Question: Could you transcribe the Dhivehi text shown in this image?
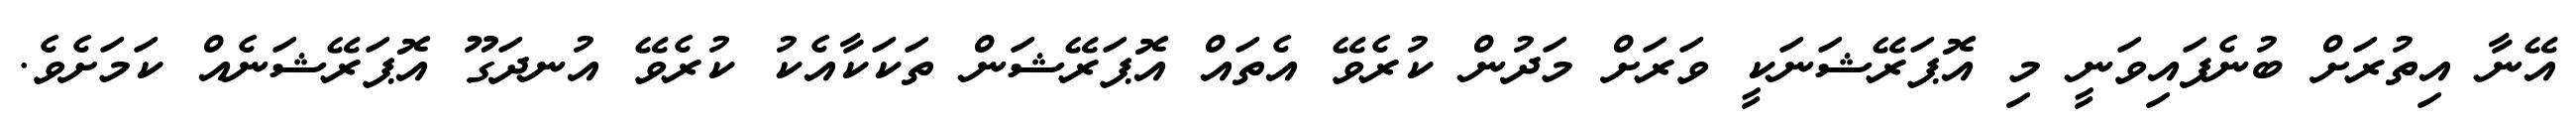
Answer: އޭނާ އިތުރަށް ބުނެފައިވަނީ މި އޮޕަރޭޝަނަކީ ވަރަށް މަދުން ކުރެވޭ އެތައް އޮޕަރޭޝަން ތަކަކާއެކު ކުރެވޭ އުނދަގޫ އޮޕަރޭޝަނެއް ކަމަށެވެ.